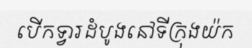
បើកទ្វារដំបូងនៅទីក្រុងយ៉ក